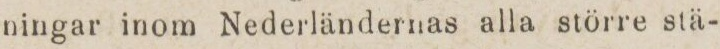
ningar inom Nederländernas alla större stä-